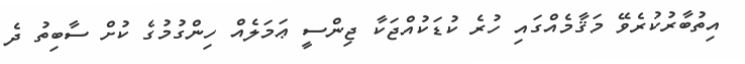
އިތުބާރުކުރެވޭ މަޤާމެއްގައި ހުރެ ކުޑަކުއްޖަކާ ޖިންސީ ޢަމަލެއް ހިންގުމުގެ ކުށް ސާބިތު ދެ